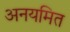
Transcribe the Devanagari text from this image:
अनयमित